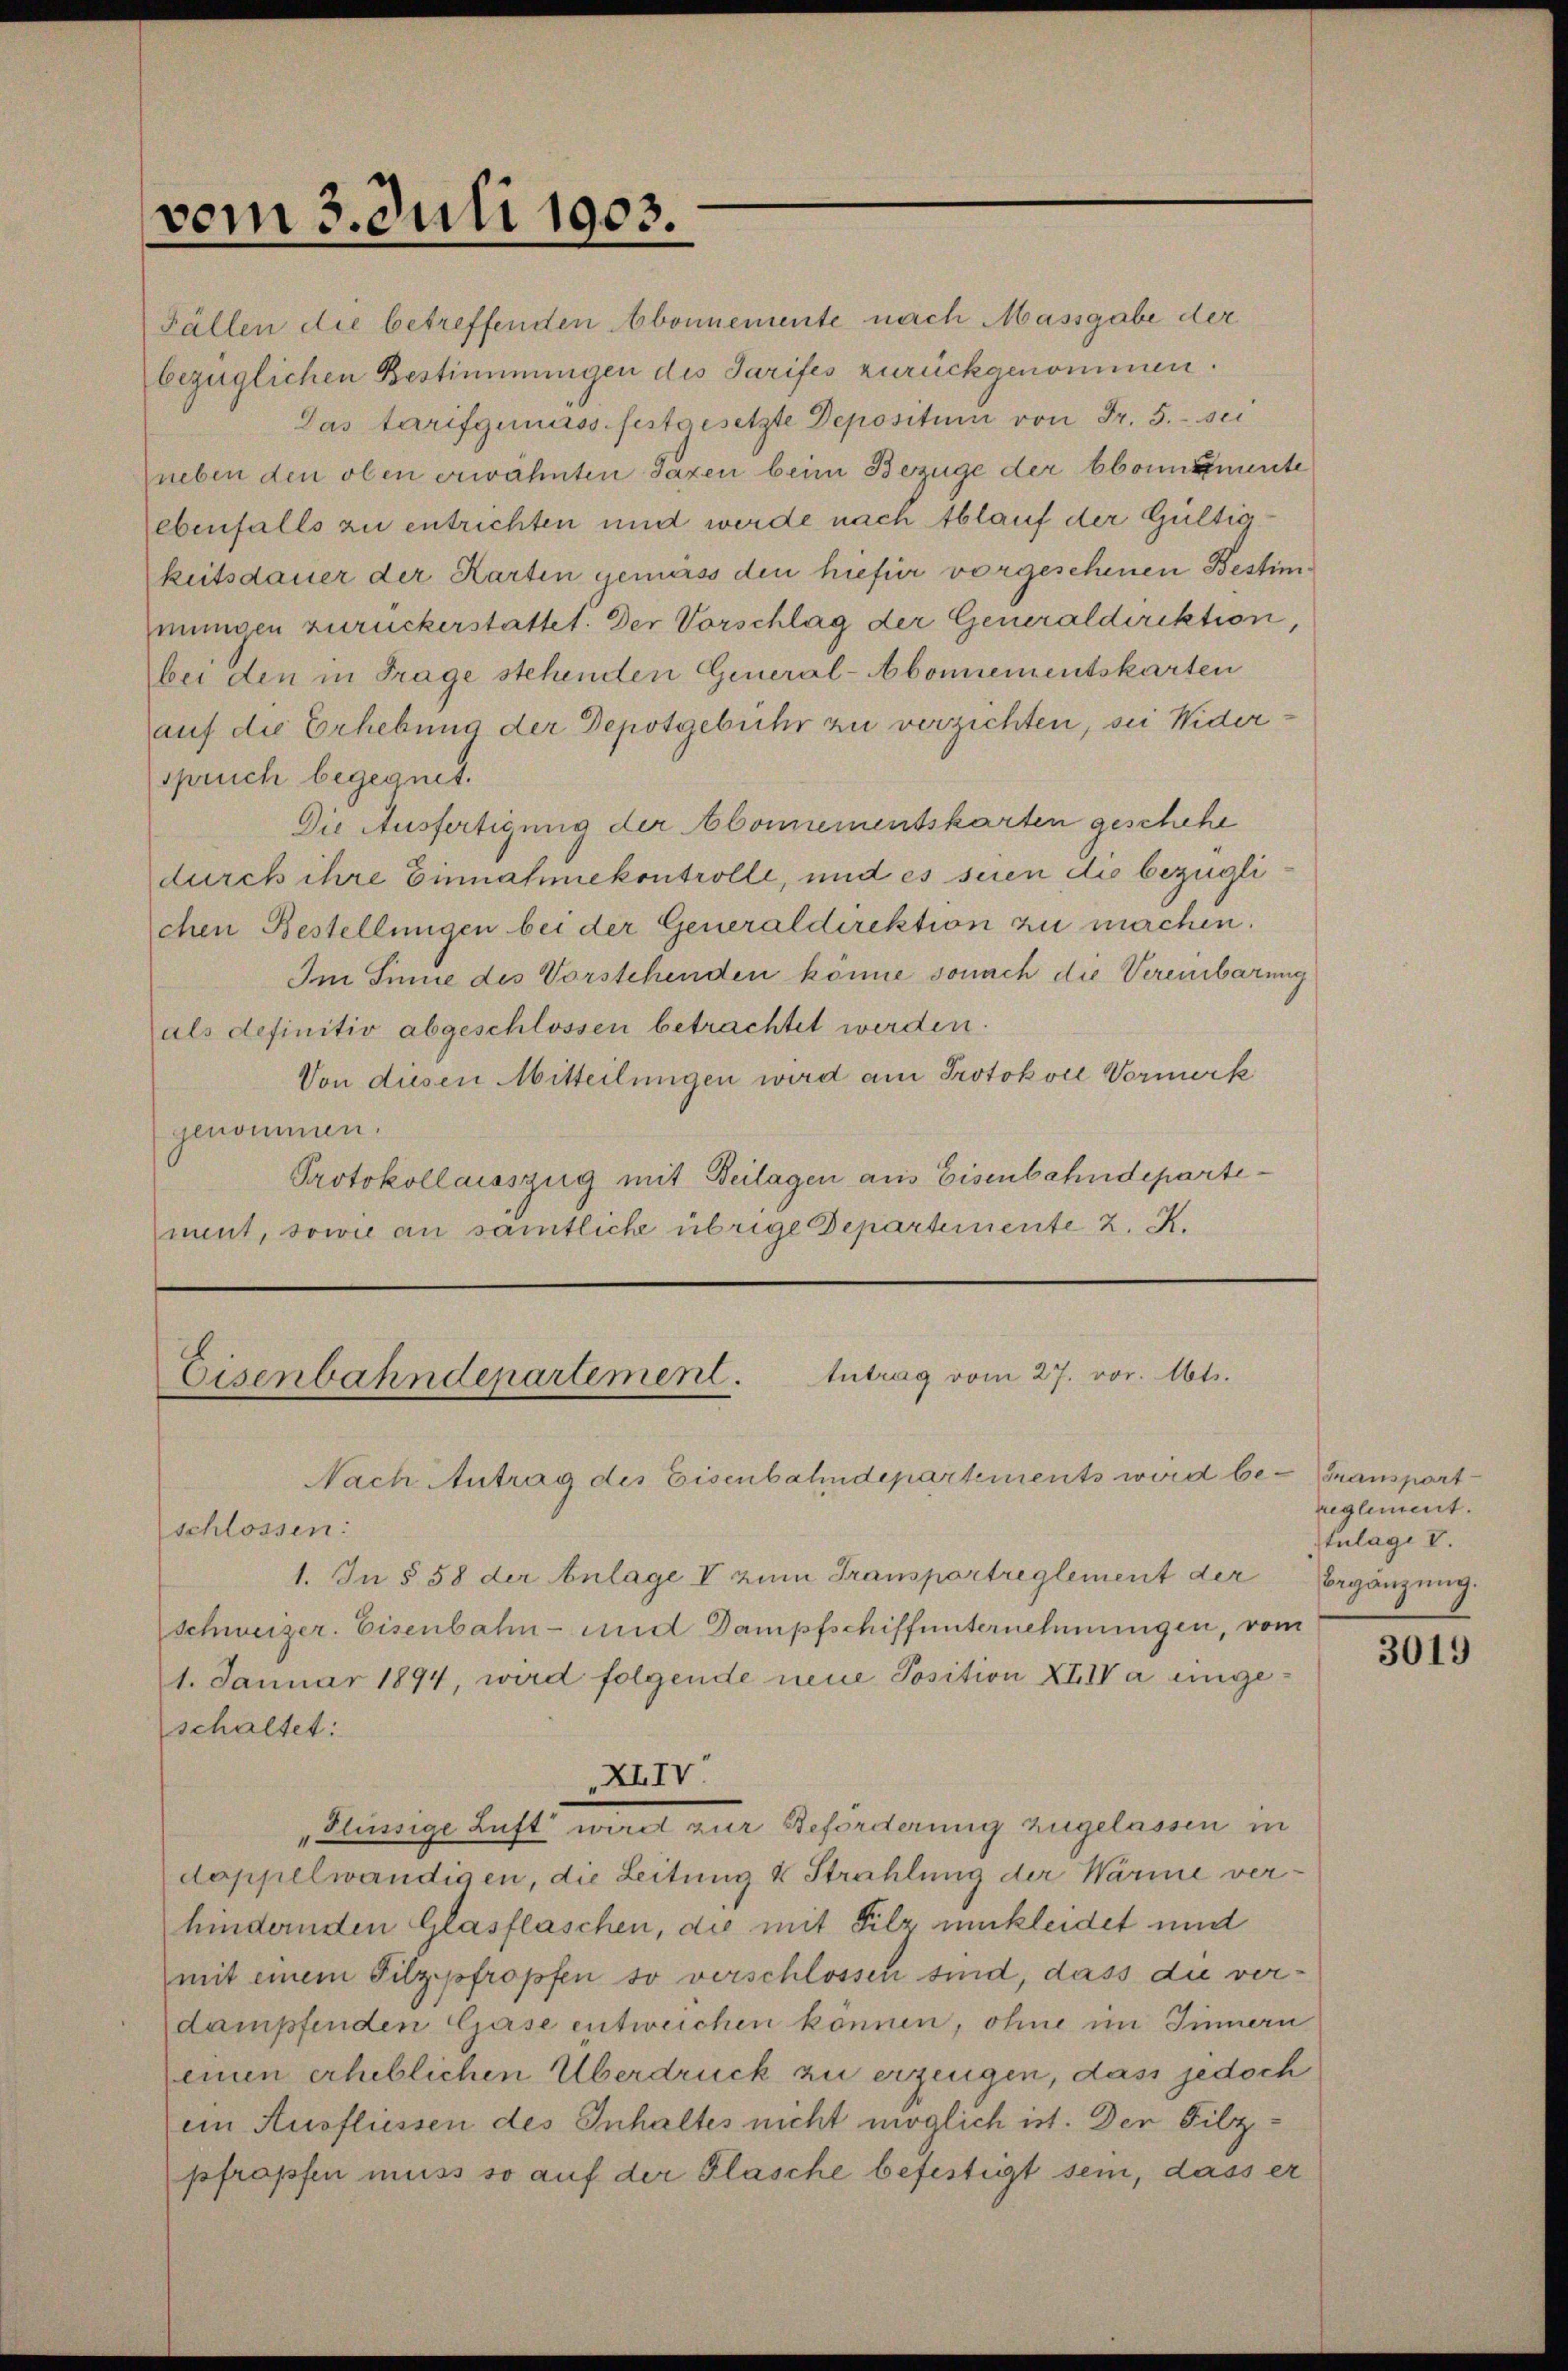
vom 3. Juli 1903.

Fällen die betreffenden Abonnemente nach Massgabe der
bezüglichen Bestimmungen des Tarifes zurückgenommen.
Das tarifgunass festgesetzte Depositum von Fr. 5. sei
neben den oben erwähnten Taxen beim Bezüge der bbonnemente
ebenfalls zu entrichten und werde nach Ablauf der Gültigkeitsdauer der Karten gemäss den hiefür vorgeschenen Bestimmungen zuruckerstattet. Der Vorschlag der Generaldirektion,
bei den in Frage stehenden General-Abonnementskarten
auf die Erhebung der Depotgebühr zu verzichten, sei Widerspruch begegnet.
Die Ausfertigung der Abonnementskarten geschehe
durch ihre Einnahmekontrolle, und es seien die bezügli
chen Bestellungen bei der Generaldirektion zu machen.
Im Sinne des Vorstehenden könne sonach die Vereinbarung
als definitiv abgeschlossen betrachtet werden.
Von diesen Mitteilungen wird am Protokoll Vormerk
genommen.
Protokollaisszug mit Beilagen aus Eisenbahndepartement, sowie an sämtliche übrige Departemente 2. K.

Eisenbahndepartement. Antrag vom 27. vor. Mts.
Nach Antrag des Eisenbahndepartements wird be- Transport

schlossen:
1. In § 58 der Anlage V zum Transportreglement der Ergänzung
Schweizer. Eisenbahn- und Dampfschiffunternehmungen, vom
1. Januar 1894, wird folgende neue Position XIIV a eingeschaltet:
doppelwändigen, die Leitung & Strahlung der Wärme verhindernden Glasflaschen, die mit Filz umkleidet und
mit einem Filzpfropfen so verschlossen sind, dass die verdampfenden Gase entweichen können, ohne im Sinnern
einen erheblichen Überdruck zu erzeugen, dass jedoch
iin Ausfliessen des Inhaltes nicht möglich ist. Der Filzpfropfen muss so auf der Flasche befestigt sein, dass er

XIIV.
„Flüssige Luft wirdt zur Beforderung zugelassen in

reglement.
tulage V.

3019